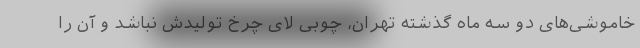
خاموشی‌های دو سه ماه گذشته تهران، چوبی لای چرخ تولیدش نباشد و آن را